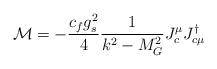
LaTeX: \begin{align*}{\cal M} = - \frac{c_f g_s^2}{4} \frac{1}{k^2 - M_G^2} J_c^\mu J_{c \mu}^{\dagger}\end{align*}